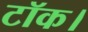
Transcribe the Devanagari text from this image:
टॉक।